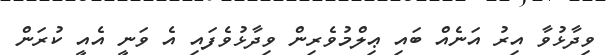
ވިދާޅުވާ އިރު އަނެއް ބައި ޢިލްމުވެރިން ވިދާޅުވެފައި އެ ވަނީ އެއީ ކުރަން